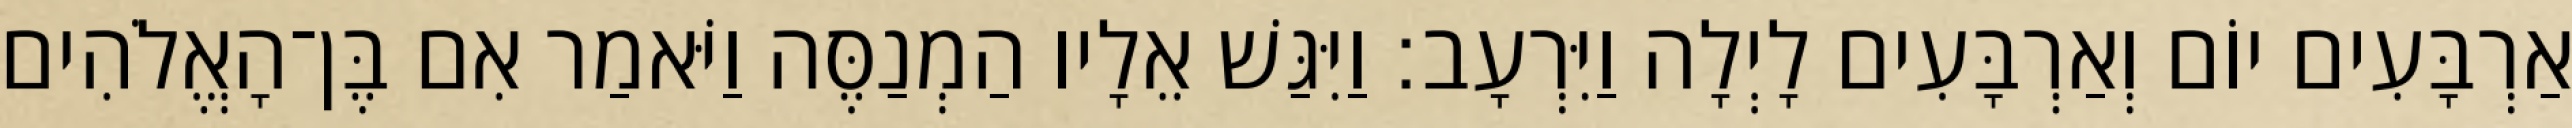
אַרְבָּעִים יוֹם וְאַרְבָּעִים לָיְלָה וַיִּרְעָב׃ וַיִּגַּשׁ אֵלָיו הַמְנַסֶּה וַיֹּאמַר אִם בֶּן־הָאֱלֹהִים